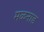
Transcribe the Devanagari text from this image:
मळनाड